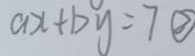
a x + b y = 7 \textcircled { 2 }